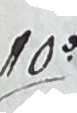
105